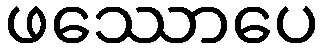
ဖဿောပေ